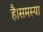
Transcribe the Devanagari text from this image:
है।समस्या